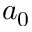
a _ { 0 }